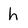
Character: h